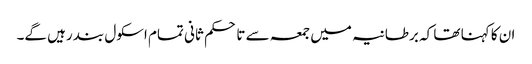
ان کا کہنا تھا کہ برطانیہ میں جمعہ سے تا حکم ثانی تمام اسکول بند رہیں گے۔